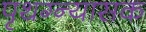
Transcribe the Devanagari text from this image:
पृथग्न्यासक